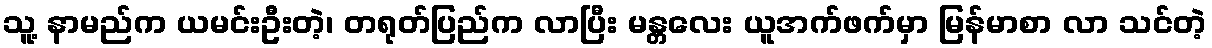
သူ့ နာမည်က ယမင်းဦးတဲ့၊ တရုတ်ပြည်က လာပြီး မန္တလေး ယူအက်ဖက်မှာ မြန်မာစာ လာ သင်တဲ့